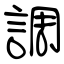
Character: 調